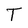
Character: T